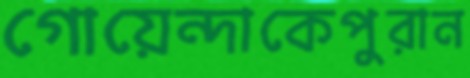
গোয়েন্দাকেপুরান